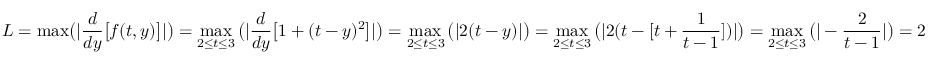
L = { \mathrm { m a x } } { \bigl ( } | { \frac { d } { d y } } { \bigl [ } f ( t , y ) { \bigr ] } | { \bigr ) } = \operatorname* { m a x } _ { 2 \leq t \leq 3 } { \bigl ( } | { \frac { d } { d y } } { \bigl [ } 1 + ( t - y ) ^ { 2 } { \bigr ] } | { \bigr ) } = \operatorname* { m a x } _ { 2 \leq t \leq 3 } { \bigl ( } | 2 ( t - y ) | { \bigr ) } = \operatorname* { m a x } _ { 2 \leq t \leq 3 } { \bigl ( } | 2 ( t - [ t + { \frac { 1 } { t - 1 } } ] ) | { \bigr ) } = \operatorname* { m a x } _ { 2 \leq t \leq 3 } { \bigl ( } | - { \frac { 2 } { t - 1 } } | { \bigr ) } = 2